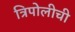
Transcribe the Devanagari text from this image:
त्रिपोलीची